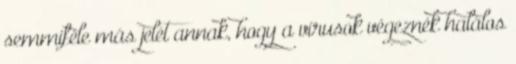
semmiféle más jelét annak, hogy a vírusok végeznék halálos